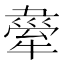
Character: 𤛉